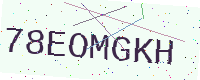
Text: 78EOMGKH